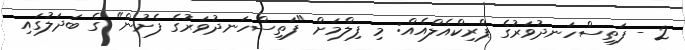
2 - ފަތިސްހަނދުވަރުގެ ޕްރިކްއެލްއެއް: މި ފިލްމަށް "ފަތިސްހަނދުވަރުގެ ފެށުން" ގެ ބަދަލުގައި